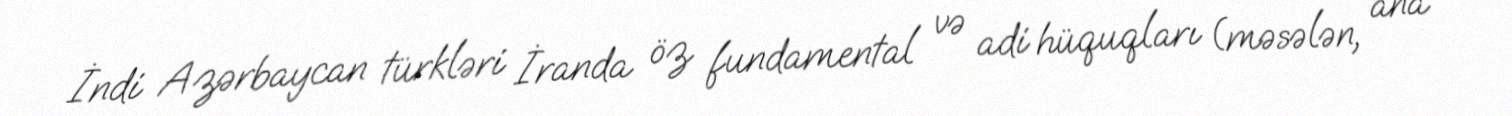
İndi Azərbaycan türkləri İranda öz fundamental və adi hüquqları (məsələn, ana